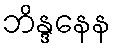
ဘိန္ဒနေန